Annual report on the lock hospitals of the Madras Presidency
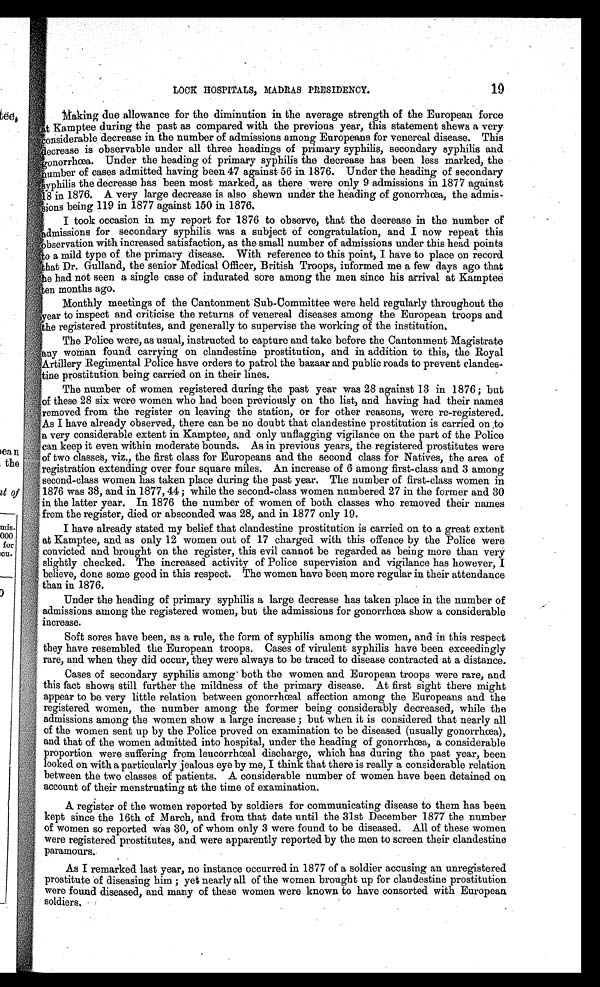
LOCK HOSPITALS, MADRAS
P RES I DENCY.
1 1 9
Making due allowance for the diminution in the average strength of the European force
at Kamptee during the past as compared with the previous year, this statement shews a very
considerable decrease in the number of admissions among Europeans for venereal disease. This
decrease is observable under all three headings of primary syphilis, secondary syphilis and
gonorrhœa. Under the heading of primary syphilis the decrease has been less marked, the
number of cases admitted having been 47 against 56 in 1876. Under the heading of secondary
syphilis the decrease has been most marked, as there were only 9 admissions in 1877 against
18 in 1876. A very large decrease is also shewn under the heading of gonorrhœa, the admis-
sions being 119 in 1877 against 150 in 1876.
I took occasion in my report for 1876 to observe, that the decrease in the number of
admissions for secondary syphilis was a subject of congratulation, and I now repeat this
observation with increased satisfaction, as the small number of admissions under this head points
to a mild type of the primary disease. With reference to this point, I have to place on record
that Dr. Gulland, the senior Medical Officer, British Troops, informed me a few days ago that
he had not seen a single case of indurated sore among the men since his arrival at
Kamptee ten months ago.
Monthly meetings of the Cantonment Sub-Committee Were held regularly throughout the
year to inspect and criticise the returns of venereal diseases among the European troops and
the registered prostitutes, and generally to supervise the working of the institution.
The Police were, as usual, instructed to capture and take before the Cantonment Magistrate
any woman found carrying on clandestine prostitution, and in addition to this, the Royal
Artillery Regimental Police have orders to patrol the bazaar and public roads to prevent clades-
tine prostitution being carried on in their lines.
The number of women registered during the past year was 28 against 13 in 1876; but
of these 28 six were women who had been previously on the list, and having had their names
removed from the register on leaving the station, or for other reasons, were re-registered.
As I have already observed, there can be no doubt that clandestine prostitution is carried on to
a very considerable extent in Kamptee, and only unflagging vigilance on the part of the Police
can keep it even within moderate bounds. As in previous years, the registered prostitutes were
of two classes, viz., the first class for Europeans and the second class for Natives, the area of
registration extending over four square miles. An increase of 6 among first-class and 3 among
second-class women has taken place during the past year. The number of first-class women in
1876 was 38, and in 1877, 44; while the second-class women numbered 27 in the former and 30
in the latter year. In 1876 the number of women of both classes who removed their names
from the register, died or absconded was 28, and in 1877 only 19.
I have already stated my belief that clandestine prostitution is carried on to a great extent
at Kamptee, and as only 12 women out of 17 charged with this offence by the Police were
convicted and brought on the register, this evil cannot be regarded as being more than very
slightly checked. The increased activity of Police supervision and vigilance has however, I
believe, done some good in this respect. The women have been more regular in their attendance
than in 1876.
Under the heading of primary syphilis a large decrease has taken place in the number of
admissions among the registered women, but the admissions for gonorrhœa show a considerable
increase.
Soft sores have been, as a rule, the form of syphilis among the women, and in this respect
they have resembled the European troops. Cases of virulent syphilis have been exceedingly
rare, and when they did occur, they were always to be traced to disease contracted at a distance.
Cases of secondary syphilis among both the women and European troops were rare, and
this fact shows still further the mildness of the primary disease. At first sight there might
appear to be very little relation between gonorrhœal affection among the Europeans and the
registered women, the number among the former being considerably decreased, while the
admissions among the women show a large increase; but when it is considered that nearly all
of the women sent up by the Police proved on examination to be diseased (usually gonorrhœa),
and that of the women admitted into hospital, under the heading of gonorrhœa, a considerable
proportion were suffering from leucorrhœal discharge, which has during the past year, been
looked on with a particularly jealous eye by me, I think that there is really a considerable relation
between the two classes of patients. A considerable number of women have been detained on
account of their menstruating at the time of examination.
A register of the women reported by soldiers for communicating disease to them has been
kept since the 16th of March, and from that date until the 31st December 1877 the number
of women so reported Was 30, of whom only 3 were found to be diseased. All of these women
were registered prostitutes, and were apparently reported by the men to screen their clandestine
paramours.
As I remarked last year, no instance occurred in 1877 of a soldier accusing an unregistered
prostitute of diseasing him; yet nearly all of the women brought up for clandestine prostitution
were found diseased, and many of these women were known to have consorted with European
soldiers.